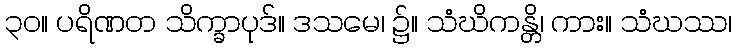
၃၀။ ပရိဏတ သိက္ခာပုဒ်။ ဒသမေ၊ ၌။ သံဃိကန္တိ၊ ကား။ သံဃဿ၊